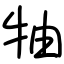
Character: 牰